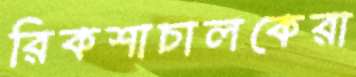
রিকশাচালকেরা